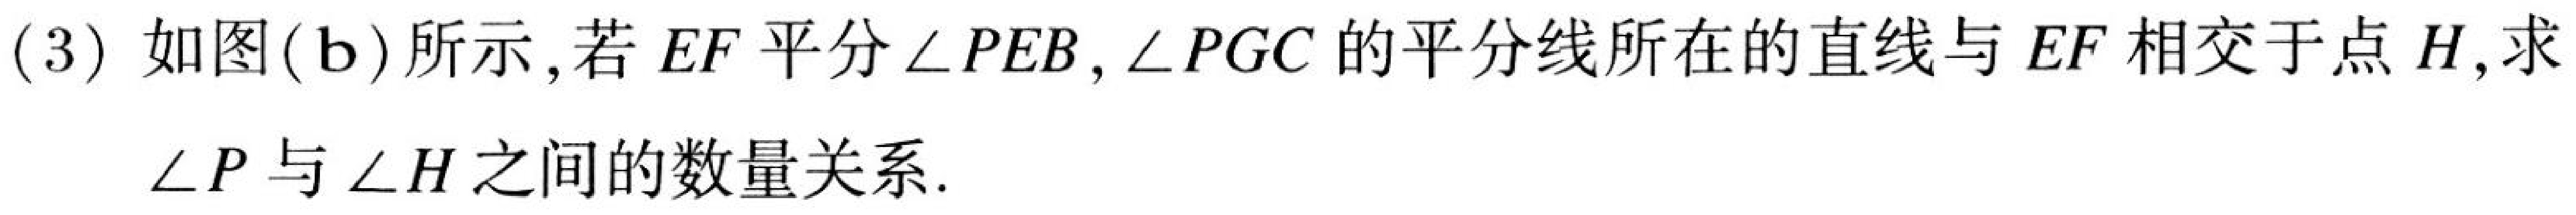
(3) 如图(b)所示,若\(EF\)平分\(\angle PEB\),\(\angle PGC\)的平分线所在的直线与\(EF\)相交于点\(H\),求\(\angle P\)与\(\angle H\)之间的数量关系.